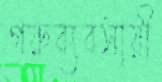
গরুব্যবসায়ী